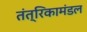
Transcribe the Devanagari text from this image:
तंत्रिकामंडल